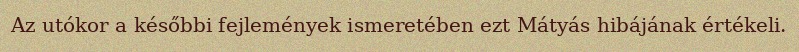
Az utókor a későbbi fejlemények ismeretében ezt Mátyás hibájának értékeli.